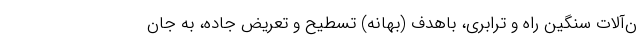
ن‌آلات سنگین راه و ترابری، باهدف (بهانه) تسطیح و تعریض جاده، به جان